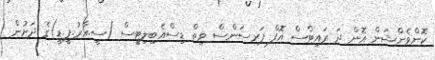
ކޮންވެންޝަން އޮން ދަ ރައިޓްސް އޮފް ޕަރސަންސް ވިތް ޑިސްއެބިލިޓީސް (ސީ.އާރު.ޕީ.ޑީ)ގެ ދަށުން